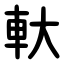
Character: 軑